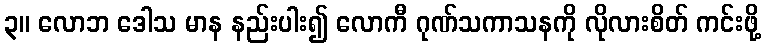
၃။ လောဘ ဒေါသ မာန နည်းပါး၍ လောကီ ဂုဏ်သကာသနကို လိုလားစိတ် ကင်းဖို့